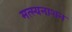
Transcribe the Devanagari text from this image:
मत्स्यनाशन